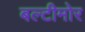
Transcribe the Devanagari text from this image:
बल्टीमोर